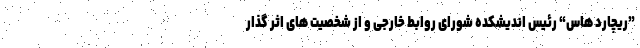
”ریچارد هاس“ رئیس اندیشکده شورای روابط خارجی و از شخصیت های اثر گذار